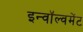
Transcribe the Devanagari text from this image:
इन्वॉल्वमेंट